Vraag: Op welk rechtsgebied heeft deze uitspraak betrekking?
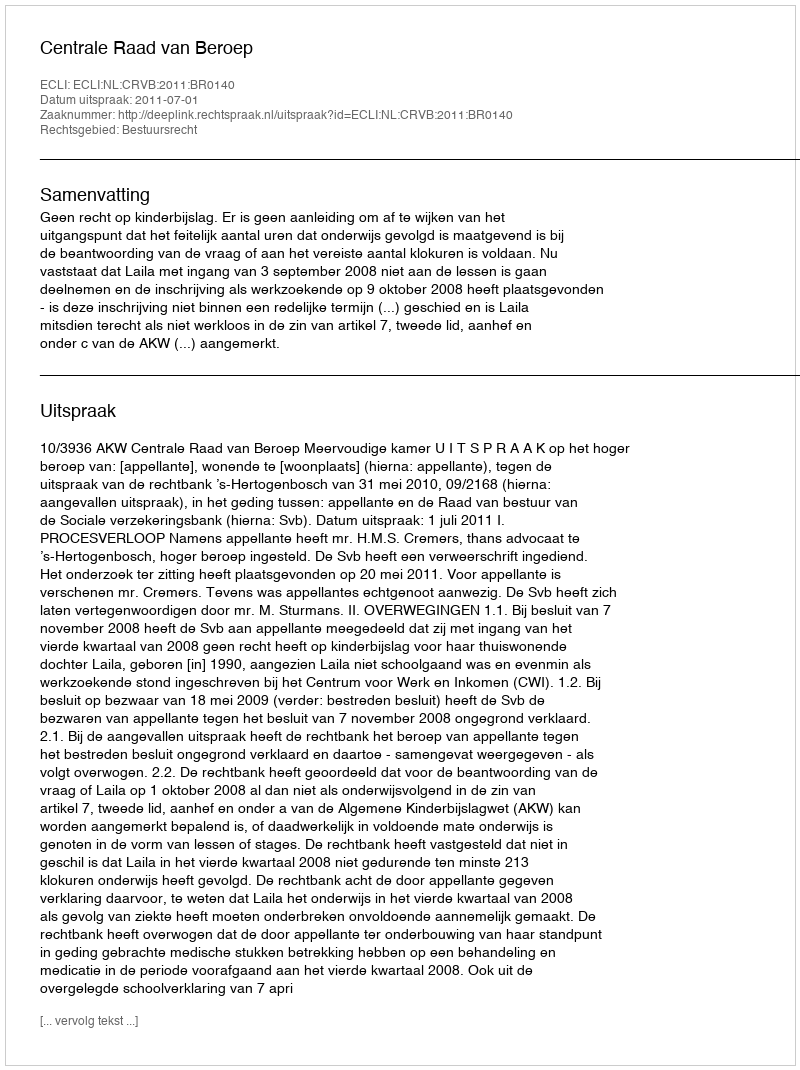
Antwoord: Bestuursrecht